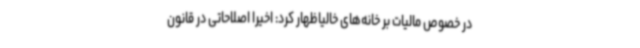
در خصوص مالیات بر خانه‌های خالیاظهار کرد: اخیرا اصلاحاتی در قانون